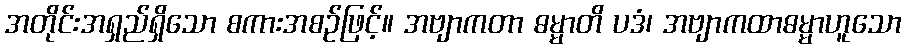
အတိုင်းအရှည်ရှိသော စကားအစဉ်ဖြင့်။ အဗျာကတာ ဓမ္မာတိ ပဒံ၊ အဗျာကထာဓမ္မာဟူသော